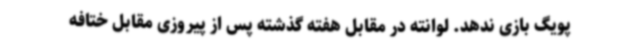
پویگ بازی ندهد. لوانته در مقابل هفته گذشته پس از پیروزی مقابل ختافه